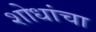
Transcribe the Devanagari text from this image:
शोधांचा